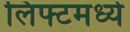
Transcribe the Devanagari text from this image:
लिफ्टमध्ये